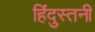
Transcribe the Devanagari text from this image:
हिंदुस्तनी